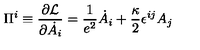
\Pi ^ { i } \equiv { \frac { \partial { \cal L } } { \partial \dot { A _ { i } } } } = \frac { 1 } { e ^ { 2 } } \dot { A } _ { i } + \frac { \kappa } { 2 } \epsilon ^ { i j } A _ { j }